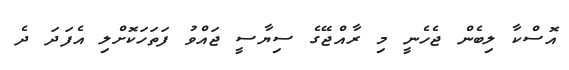
އޮސްކާ ލިބެން ޖެހެނީ މި ރާއްޖޭގެ ސިޔާސީ ޖައްވު ފަތަހަކޮށްލި އެފަދަ ދެ